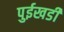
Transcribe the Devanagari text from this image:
पुईखडी